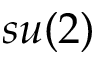
s u ( 2 )